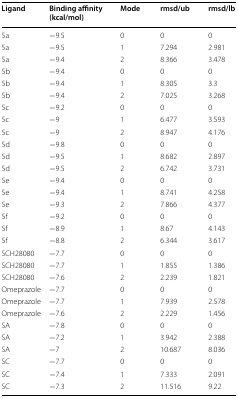
| Ligand | Binding affinity (kcal/mol) | Mode | rmsd/ub | rmsd/lb |
 | --- | --- | --- | --- | --- |
 | 5a | −9.5 | 0 | 0 | 0 |
 | 5a | −9.5 | 1 | 7.294 | 2.981 |
 | 5a | −9.4 | 2 | 8.366 | 3.478 |
 | 5b | −9.4 | 0 | 0 | 0 |
 | 5b | −9.4 | 1 | 8.305 | 3.3 |
 | 5b | −9.4 | 2 | 7.025 | 3.268 |
 | 5c | −9.2 | 0 | 0 | 0 |
 | 5c | −9 | 1 | 6.477 | 3.593 |
 | 5c | −9 | 2 | 8.947 | 4.176 |
 | 5d | −9.8 | 0 | 0 | 0 |
 | 5d | −9.5 | 1 | 8.682 | 2.897 |
 | 5d | −9.5 | 2 | 6.742 | 3.731 |
 | 5e | −9.4 | 0 | 0 | 0 |
 | 5e | −9.4 | 1 | 8.741 | 4.258 |
 | 5e | −9.3 | 2 | 7.866 | 4.377 |
 | 5f | −9.2 | 0 | 0 | 0 |
 | 5f | −8.9 | 1 | 8.67 | 4.143 |
 | 5f | −8.8 | 2 | 6.344 | 3.617 |
 | SCH28080 | −7.7 | 0 | 0 | 0 |
 | SCH28080 | −7.7 | 1 | 1.855 | 1.386 |
 | SCH28080 | −7.6 | 2 | 2.239 | 1.821 |
 | Omeprazole | −7.7 | 0 | 0 | 0 |
 | Omeprazole | −7.7 | 1 | 7.939 | 2.578 |
 | Omeprazole | −7.6 | 2 | 2.229 | 1.456 |
 | SA | −7.8 | 0 | 0 | 0 |
 | SA | −7.2 | 1 | 3.942 | 2.388 |
 | SA | −7 | 2 | 10.687 | 8.036 |
 | SC | −7.7 | 0 | 0 | 0 |
 | SC | −7.4 | 1 | 7.333 | 2.091 |
 | SC | −7.3 | 2 | 11.516 | 9.22 |